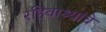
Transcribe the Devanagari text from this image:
रहिवाश्यांचे